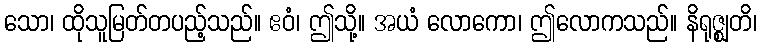
သော၊ ထိုသူမြတ်တပည့်သည်။ ဧဝံ၊ ဤသို့။ အယံ လောကော၊ ဤလောကသည်။ နိရုဇ္ဈတိ၊